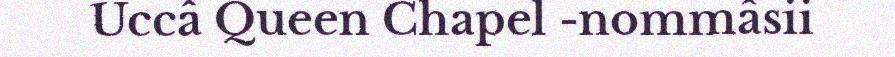
Uccâ Queen Chapel -nommâsii